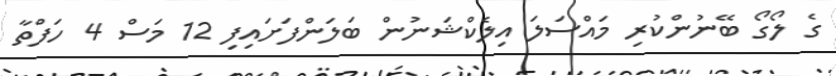
ގެ ލޯގޯ ބޭނުންކުރި މައްސަލަ އިލެކްޝަނުން ބަލަންފަށައިފި 12 މަސް 4 ހަފްތާ